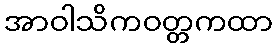
အာဝါသိကဝတ္တကထာ